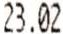
23.02